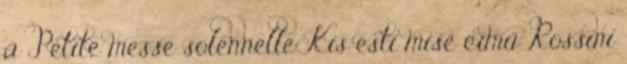
a Petite messe solennelle Kis esti mise című Rossini